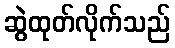
ဆွဲထုတ်လိုက်သည်